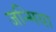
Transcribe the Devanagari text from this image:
जन्मिया